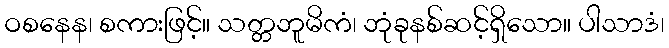
ဝစနေန၊ စကားဖြင့်။ သတ္တဘူမိကံ၊ ဘုံခုနစ်ဆင့်ရှိသော။ ပါသာဒံ၊